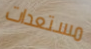
مستعدات